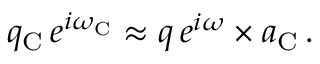
q _ { \mathrm { C } } \, e ^ { i \omega _ { \mathrm { C } } } \approx q \, e ^ { i \omega } \times a _ { \mathrm { C } } \, .